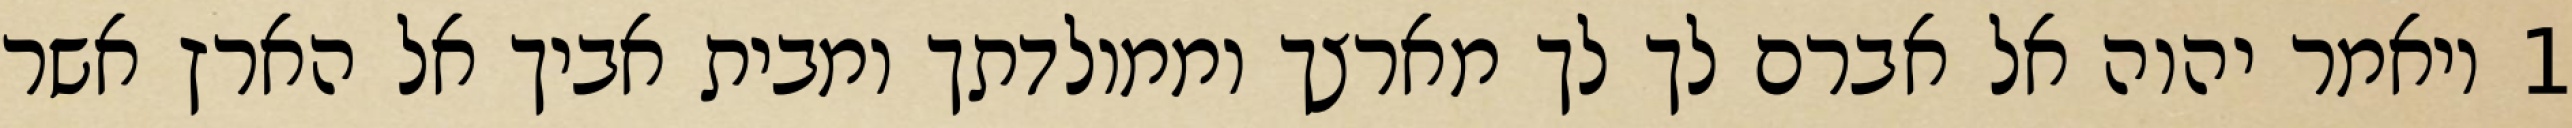
1 ויאמר יהוה אל אברם לך לך מארצך וממולדתך ומבית אביך אל הארץ אשר